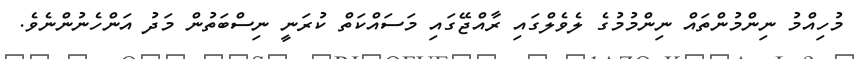
މުހިއްމު ނިންމުންތައް ނިންމުމުގެ ލެވެލްގައި ރާއްޖޭގައި މަސައްކަތް ކުރަނީ ނިސްބަތުން މަދު އަންހެނުންނެވެ.